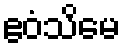
ဧဝံသိမေ